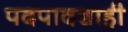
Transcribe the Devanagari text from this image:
पदपादशाही